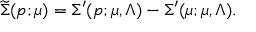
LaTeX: \widetilde \Sigma ( p ; \mu ) = \Sigma ^ { \prime } ( p ; \mu , \Lambda ) - \Sigma ^ { \prime } ( \mu ; \mu , \Lambda ) .